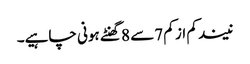
نیند کم از کم 7سے 8 گھنٹے ہونی چاہیے۔